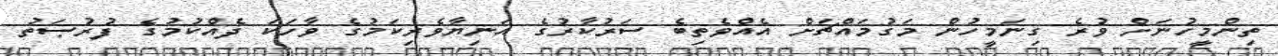
ތިންމީހުނަށް ވުރެ ގިނަމީހުން މަގުމައްޗަށް އެއްވެތިބެ ސަރުކާރުގެ އަނިޔާވެރިކަމުގެ ވާހަކަ ދެއްކުމުގެ ފުރުޞަތު